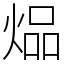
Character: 煰